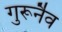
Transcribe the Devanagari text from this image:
गुरूर्नैव